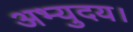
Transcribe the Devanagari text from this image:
अभ्युदय।